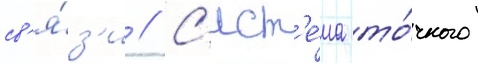
св'я́з'и // С'ист'е́ма то́чного